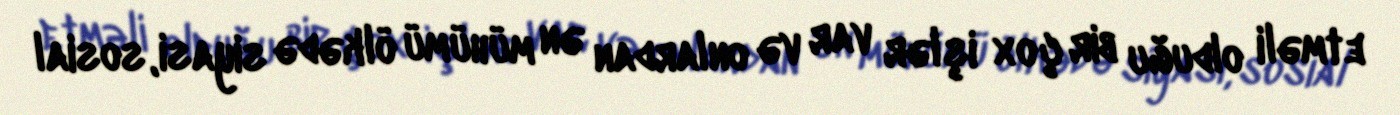
etməli olduğu bir çox işlər var və onlardan ən mühümü ölkədə siyasi, sosial